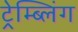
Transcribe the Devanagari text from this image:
ट्रेम्ब्लिंग